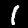
Digit: 1